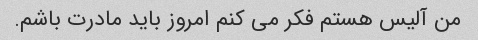
من آلیس هستم فکر می کنم امروز باید مادرت باشم.